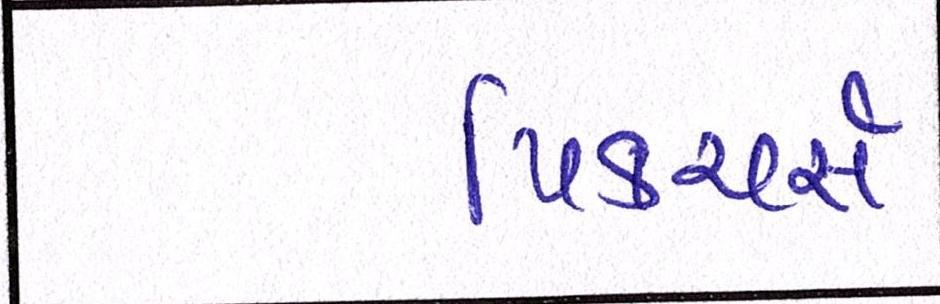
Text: પિક્ચર્સ